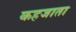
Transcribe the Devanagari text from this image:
कहजाता